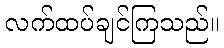
လက်ထပ်ချင်ကြသည်။